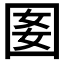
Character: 𡇔